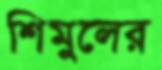
শিমুলের